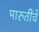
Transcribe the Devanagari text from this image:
मारुतींचे